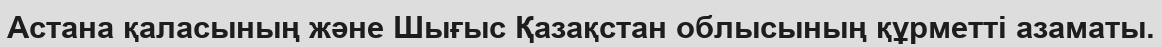
Астана қаласының және Шығыс Қазақстан облысының құрметті азаматы.